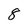
Character: 8